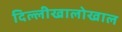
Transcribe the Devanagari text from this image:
दिल्लीखालोखाल